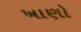
ખાણો